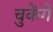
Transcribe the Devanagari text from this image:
चुकेंगे